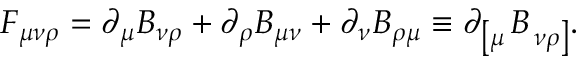
F _ { \mu \nu \rho } = \partial _ { \mu } B _ { \nu \rho } + \partial _ { \rho } B _ { \mu \nu } + \partial _ { \nu } B _ { \rho \mu } \equiv \partial _ { \left[ \mu \right. } B _ { \left. \nu \rho \right] } .